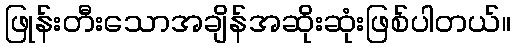
ဖြုန်းတီးသောအချိန်အဆိုးဆုံးဖြစ်ပါတယ်။